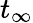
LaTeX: t_{\infty}